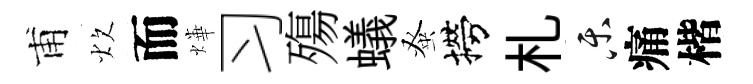
甫炊而燁习殤蟻𫊫撈札乐痛楷